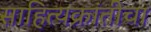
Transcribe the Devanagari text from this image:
साहित्यक्रांतीचा